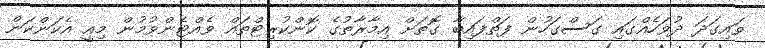
ވައިގަދަ ދުވަހެއްގައި ގަސްގަހުން ފަތްފައިބާ ގޮތަށް އިމާރާތުގެ ކޮންކުރިޓްތައް ވެއްޓެންވުމުން މިއީ އެކަންކަން